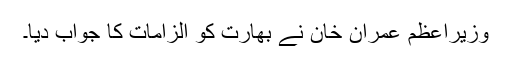
وزیراعظم عمران خان نے بھارت کو الزامات کا جواب دیا۔